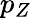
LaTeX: p_{Z}